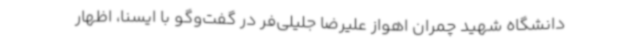
دانشگاه شهید چمران اهواز علیرضا جلیلی‌فر در گفت‌وگو با ایسنا، اظهار